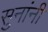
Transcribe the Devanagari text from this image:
सुनांनी